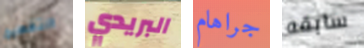
التقطيع البريدي جراهام سابقه